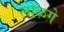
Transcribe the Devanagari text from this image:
लोळगे